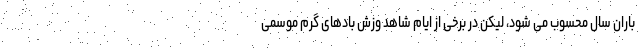
باران سال محسوب می شود، لیکن در برخی از ایام شاهد وزش بادهای گرم موسمی